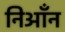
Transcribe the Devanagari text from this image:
निआँन